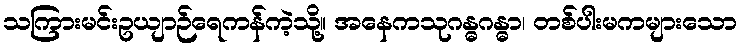
သကြားမင်းဥယျာဉ်ရေကန်ကဲ့သို့။ အနေကသုဂန္ဓဂန္ဓာ၊ တစ်ပါးမကများသော